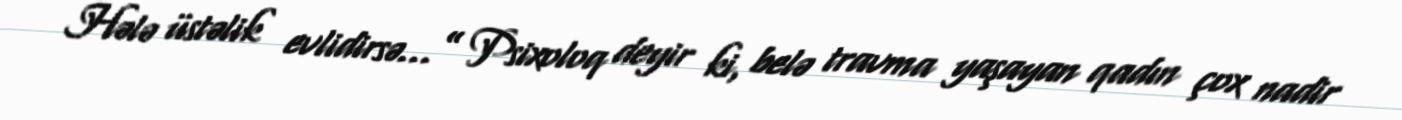
Hələ üstəlik evlidirsə…” Psixoloq deyir ki, belə travma yaşayan qadın çox nadir